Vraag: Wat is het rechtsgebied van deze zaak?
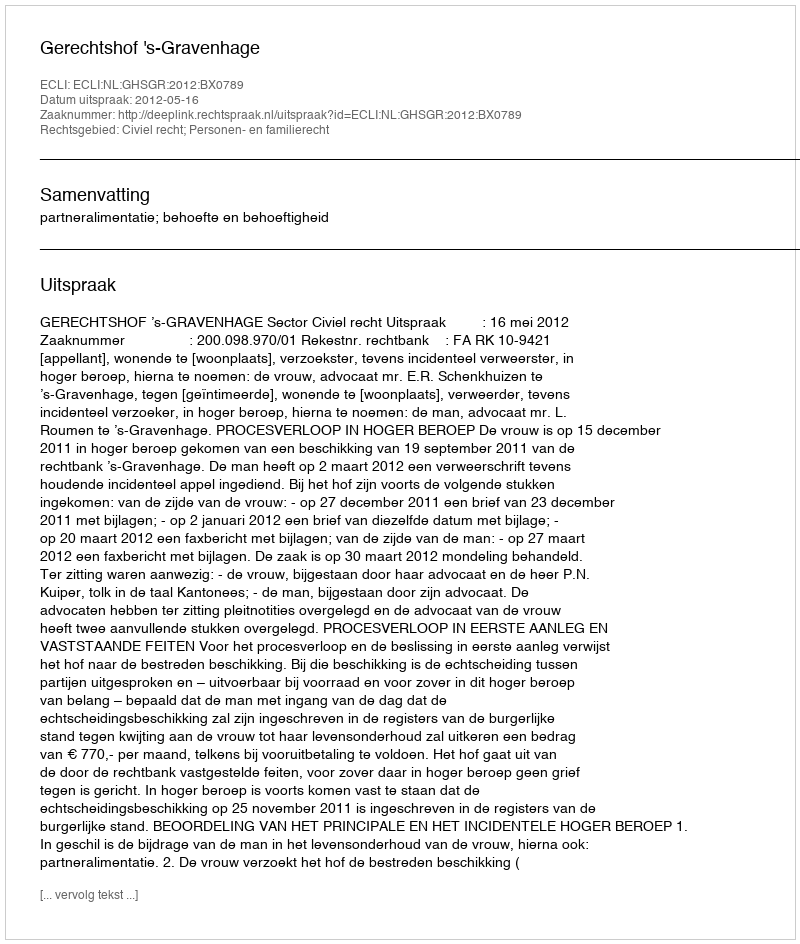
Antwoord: Civiel recht; Personen- en familierecht